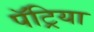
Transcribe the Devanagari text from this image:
पॅट्रिया